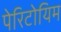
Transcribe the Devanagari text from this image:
पेरिटोयिम